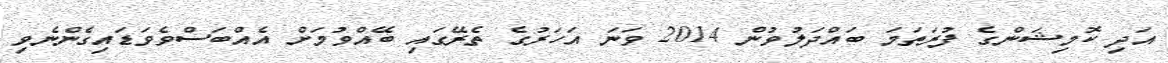
އަދި ކޮމިޝަންގެ ފުރަތަމަ ބައްދަލުވުން 2014 ވަނަ އަހަރުގެ ތެރޭގައި ބޭއްވުމަށް އެއްބަސްވެވަޑައިގެންނެވި